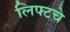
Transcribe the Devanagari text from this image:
लिफ्टचे